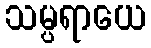
သမ္ပရာယေ